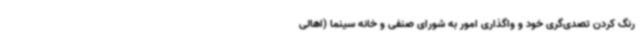
رنگ کردن تصدی‌گری خود و واگذاری امور به شورای صنفی و خانه سینما (اهالی